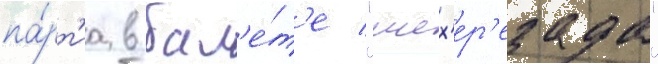
па́рт'иа в бал'е́т'е "шех'ер'езада"